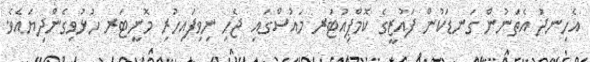
އެހިނދު އެތަނުން ގަނޑަކުން ފައުޒީގެ ކޮމްޕިއުޓަރ މައުސްގައި ޖެހި ނިވިފައިހުރި މޮނީޓަރ ހުޅުވިގެންދިޔައެވެ.